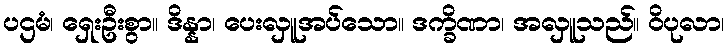
ပဌမံ၊ ရှေးဦးစွာ။ ဒိန္နာ၊ ပေးလှူအပ်သော။ ဒက္ခိဏာ၊ အလှူသည်။ ဝိပုလာ၊